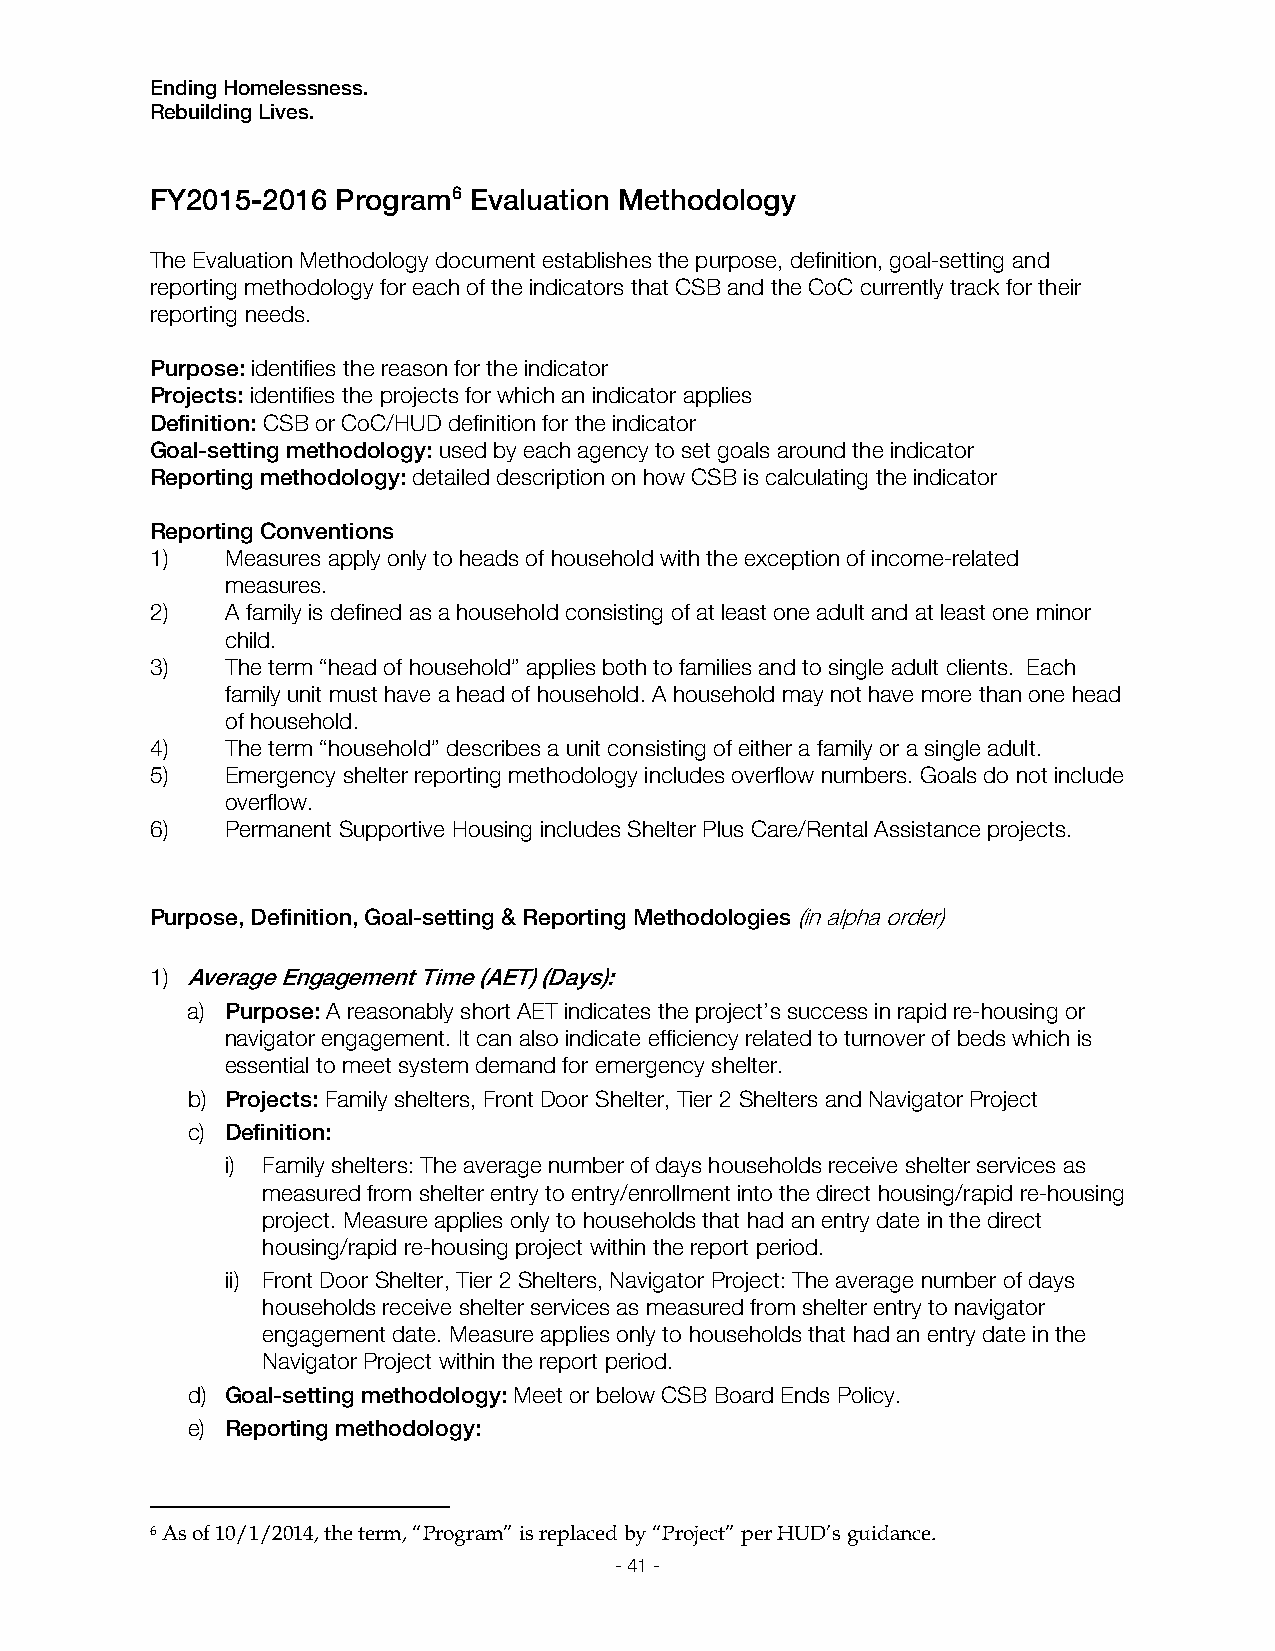
Ending Homelessness.
 Rebuilding Lives.
 FY2015-2016 Program6 Evaluation Methodology
 The Evaluation Methodology document establishes the purpose, definition, goal-setting and
 reporting methodology for each of the indicators that CSB and the CoC currently track for their
 reporting needs.
 Purpose: identifies the reason for the indicator
 Projects: identifies the projects for which an indicator applies
 Definition: CSB or CoC/HUD definition for the indicator
 Goal-setting methodology: used by each agency to set goals around the indicator
 Reporting methodology: detailed description on how CSB is calculating the indicator
 Reporting Conventions
 1)   Measures apply only to heads of household with the exception of income-related
 measures.
 2)   A family is defined as a household consisting of at least one adult and at least one minor
 child.
 3)   The term “head of household” applies both to families and to single adult clients. Each
 family unit must have a head of household. A household may not have more than one head
 of household.
 4)   The term “household” describes a unit consisting of either a family or a single adult.
 5)   Emergency shelter reporting methodology includes overflow numbers. Goals do not include
 overflow.
 6)   Permanent Supportive Housing includes Shelter Plus Care/Rental Assistance projects.
 Purpose, Definition, Goal-setting & Reporting Methodologies (in alpha order)
 1) Average Engagement Time (AET) (Days):
 a) Purpose: A reasonably short AET indicates the project’s success in rapid re-housing or
 navigator engagement. It can also indicate efficiency related to turnover of beds which is
 essential to meet system demand for emergency shelter.
 b) Projects: Family shelters, Front Door Shelter, Tier 2 Shelters and Navigator Project
 c) Definition:
 i) Family shelters: The average number of days households receive shelter services as
 measured from shelter entry to entry/enrollment into the direct housing/rapid re-housing
 project. Measure applies only to households that had an entry date in the direct
 housing/rapid re-housing project within the report period.
 ii) Front Door Shelter, Tier 2 Shelters, Navigator Project: The average number of days
 households receive shelter services as measured from shelter entry to navigator
 engagement date. Measure applies only to households that had an entry date in the
 Navigator Project within the report period.
 d) Goal-setting methodology: Meet or below CSB Board Ends Policy.
 e) Reporting methodology:
 6 As of 10/1/2014, the term, “Program” is replaced by “Project” per HUD’s guidance.
 - 41 -